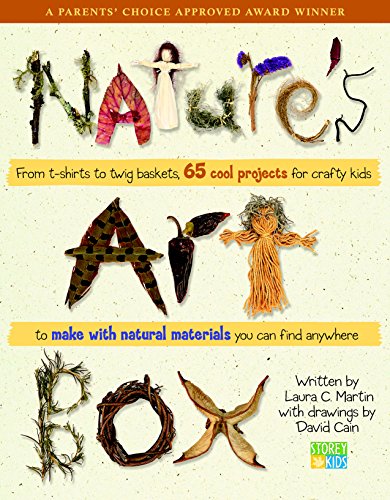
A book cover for Nature's Art Box: From t-shirts to twig baskets, 65 cool projects for crafty kids to make with natural materials you can find anywhere; Laura C. Martin; Crafts, Hobbies & Home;